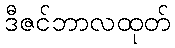
ဒီဇင်ဘာလထုတ်